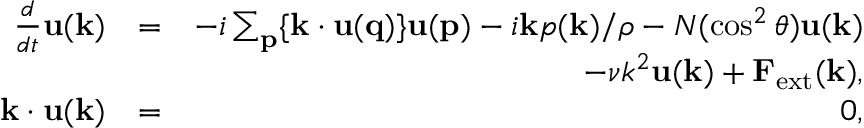
\begin{array} { r l r } { \frac { d } { d t } { \bf u ( k ) } } & { = } & { - i \sum _ { \bf p } \{ { \bf k \cdot u ( q ) } \} { \bf u ( p ) } - i { \bf k } p ( { \bf k } ) / \rho - N ( \cos ^ { 2 } \theta ) { \bf u ( k ) } } \\ & { } & { - \nu k ^ { 2 } { \bf u ( k ) } + { \bf F } _ { \mathrm { e x t } } ( { \bf k } ) , } \\ { { \bf k \cdot u ( k ) } } & { = } & { 0 , } \end{array}